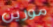
مورين